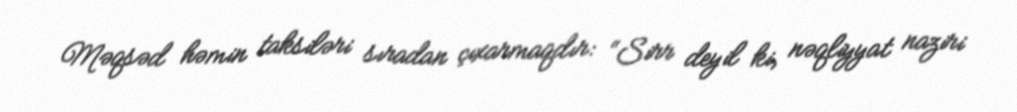
Məqsəd həmin taksiləri sıradan çıxarmaqdır: “Sirr deyil ki, nəqliyyat naziri